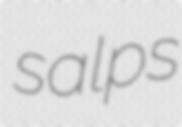
salps